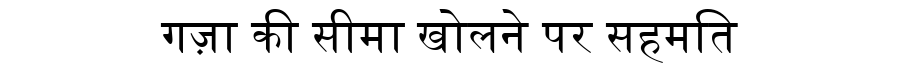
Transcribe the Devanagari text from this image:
गज़ा की सीमा खोलने पर सहमति